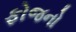
ફોજનો